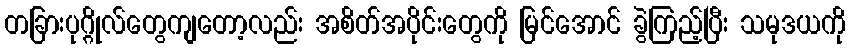
တခြားပုဂ္ဂိုလ်တွေကျတော့လည်း အစိတ်အပိုင်းတွေကို မြင်အောင် ခွဲကြည့်ပြီး သမုဒယကို